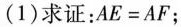
(1)求证：$$AE=AF$$；